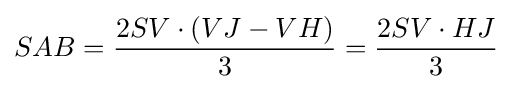
SAB={\frac {2SV\cdot (VJ-VH)}{3}}={\frac {2SV\cdot HJ}{3}}